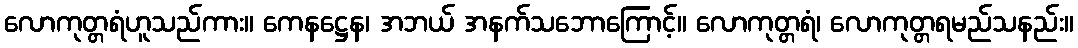
လောကုတ္တရံဟူသည်ကား။ ကေနဋ္ဌေန၊ အဘယ် အနက်သဘောကြောင့်။ လောကုတ္တရံ၊ လောကုတ္တရမည်သနည်း။